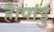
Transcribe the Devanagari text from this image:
है।पांडु